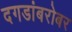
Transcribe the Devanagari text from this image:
दगडांबरोबर